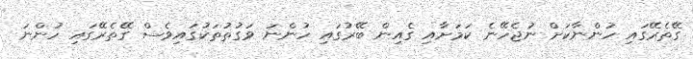
ގޭތެރޭގައި ހުންނާކަށް ނުޖެހޭނެ ކަމަށާއި ގެއިން ބޭރުގައި ހުންނަ ވަގުތުތަކުގައިވެސް ގޭތެރޭގައި ހުންނަ